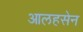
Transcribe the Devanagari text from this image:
आलहसेन